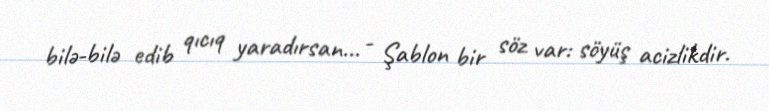
bilə-bilə edib qıcıq yaradırsan... - Şablon bir söz var: söyüş acizlikdir.